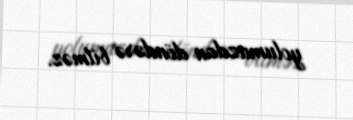
yolumuzdan döndərə bilməz.